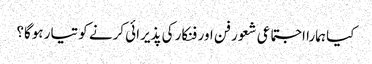
کیا ہمارا اجتماعی شعور فن اور فنکار کی پذیرائی کرنے کو تیار ہوگا؟